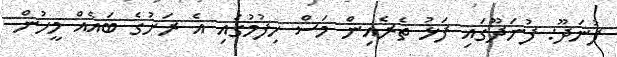
ފުނަދޫ: ފުނަދޫގައި ފަޅު ތެރެއިން މަސް ހިފުމުގައި އެ ރަށުގެ ބައެއް މީހުން